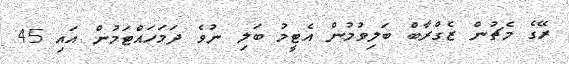
ރޭގެ މެޗުން ޒެގްރާބް ބަލިވުމުން އެޓީމު ބަލި ނުވެ ދަމަހައްޓަމުން އައި 45